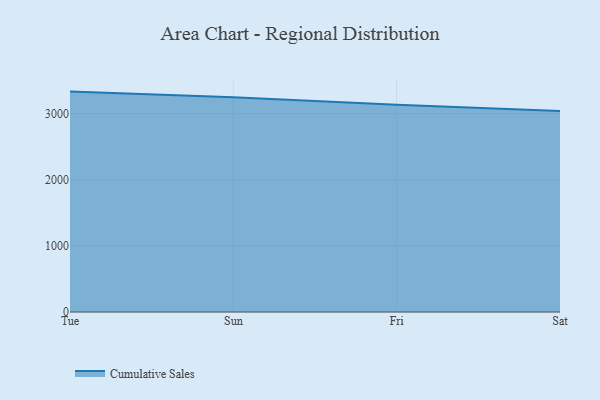
{"axis": {"x": "Day", "y": "Net Income (USD K)"}, "legend": ["Cumulative Sales"], "data": [{"x": "Tue", "y": 3332.4, "type": "Cumulative Sales"}, {"x": "Sun", "y": 3247.0, "type": "Cumulative Sales"}, {"x": "Fri", "y": 3133.1, "type": "Cumulative Sales"}, {"x": "Sat", "y": 3039.2, "type": "Cumulative Sales"}]}